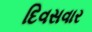
દિવસવાર